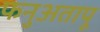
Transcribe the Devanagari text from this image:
फनुअतापू